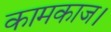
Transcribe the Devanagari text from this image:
कामकाज।